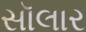
સૉલાર